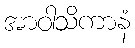
အာဝါသိကာနံ